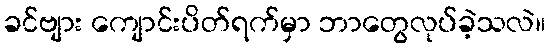
ခင်ဗျား ကျောင်းပိတ်ရက်မှာ ဘာတွေလုပ်ခဲ့သလဲ။